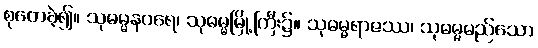
စုတေခဲ့၍။ သုဓမ္မနဝရေ၊ သုဓမ္မမြို့ကြီး၌။ သုဓမ္မရာဇဿ၊ သုဓမ္မမည်သော